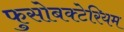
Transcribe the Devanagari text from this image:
फुसोबक्टेरियम